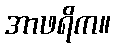
အာဖရိက။